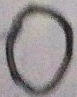
0